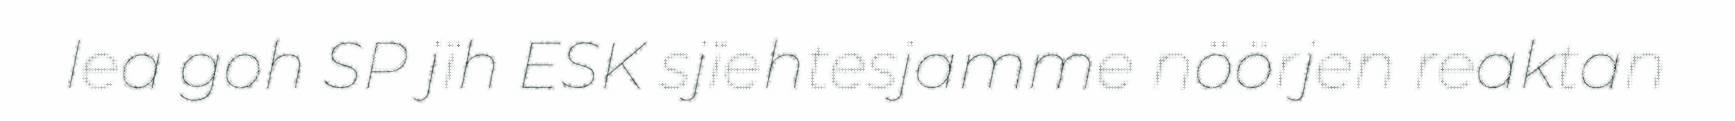
lea goh SP jïh ESK sjïehtesjamme nöörjen reaktan